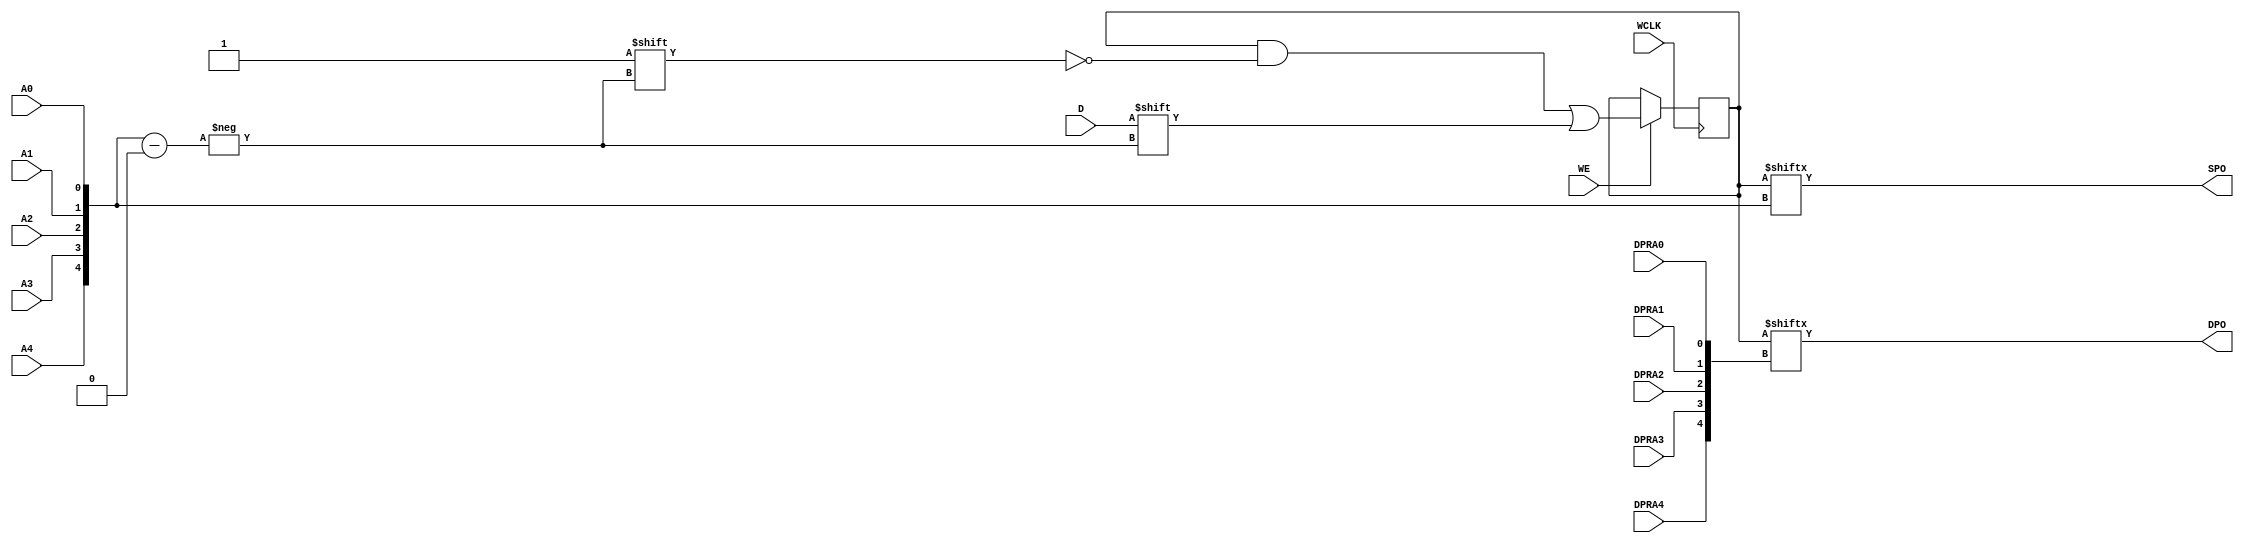
// $Header: /devl/xcs/repo/env/Databases/CAEInterfaces/verunilibs/data/unisims/RAM32X1D_1.v,v 1.8 2005/03/14 22:32:58 yanx Exp $
///////////////////////////////////////////////////////////////////////////////
// Copyright (c) 1995/2004 Xilinx, Inc.
// All Right Reserved.
///////////////////////////////////////////////////////////////////////////////
//   ____  ____
//  /   /\/   /
// /___/  \  /    Vendor : Xilinx
// \   \   \/     Version : 10.1
//  \   \         Description : Xilinx Functional Simulation Library Component
//  /   /                  Static Dual Port Synchronous RAM 32-Deep by 1-Wide
// /___/   /\     Filename : RAM32X1D_1.v
// \   \  /  \    Timestamp : Thu Mar 25 16:43:33 PST 2004
//  \___\/\___\
//
// Revision:
//    03/23/04 - Initial version.
//    02/04/05 - Rev 0.0.1 Remove input/output bufs; Remove for-loop in initial block;
// End Revision

`timescale  1 ps / 1 ps


module RAM32X1D_1 (DPO, SPO, A0, A1, A2, A3, A4, D, DPRA0, DPRA1, DPRA2, DPRA3, DPRA4, WCLK, WE);

    parameter INIT = 32'h00000000;

    output DPO, SPO;

    input  A0, A1, A2, A3, A4, D, DPRA0, DPRA1, DPRA2, DPRA3, DPRA4, WCLK, WE;

    reg  [31:0] mem;
    wire [4:0] adr;

    assign adr = {A4, A3, A2, A1, A0};
    assign SPO = mem[adr];
    assign DPO = mem[{DPRA4, DPRA3, DPRA2, DPRA1, DPRA0}];

    initial 
        mem = INIT;

    always @(negedge WCLK) 
        if (WE == 1'b1)
            mem[adr] <= #100 D;

endmodule